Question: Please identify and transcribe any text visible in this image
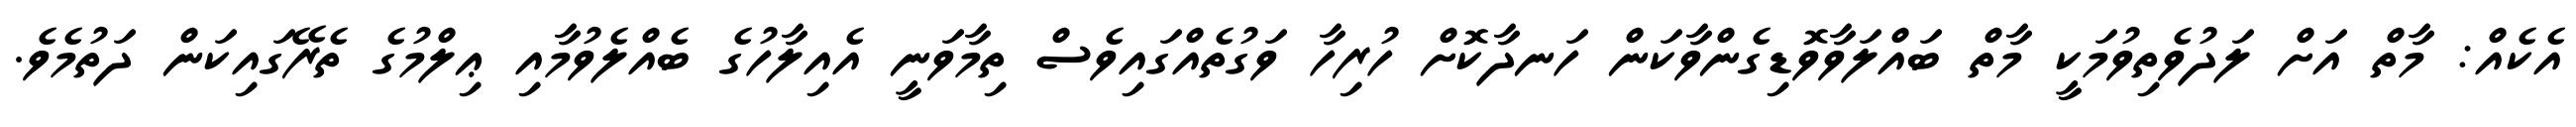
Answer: އެކެއް: މާތް އަށް ލަދުވެތިވުމަކީ މާތް ބައްލަވާވޮޑިގެންވާކަން ހަނދާކޮށް ހުރިހާ ވަގުތެއްގައިވެސް ތިމާވަނީ އެއިލާހުގެ ބެއްލެވުމާއި ޢިލްމުގެ ތެރޭގައިކަން ދަތުމެވެ.